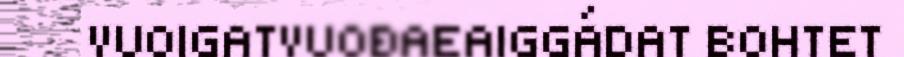
VUOIGATVUOĐAEAIGGÁDAT BOHTET